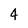
Character: 4